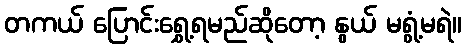
တကယ် ပြောင်းရွှေ့ရမည်ဆိုတော့ နွယ် မရွံ့မရဲ။